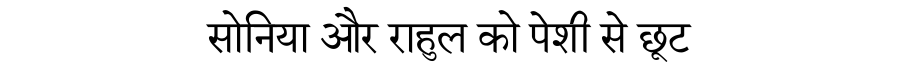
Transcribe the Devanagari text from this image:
सोनिया और राहुल को पेशी से छूट